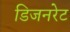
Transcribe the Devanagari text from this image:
डिजनरेट